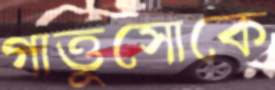
গাত্তুসোকে